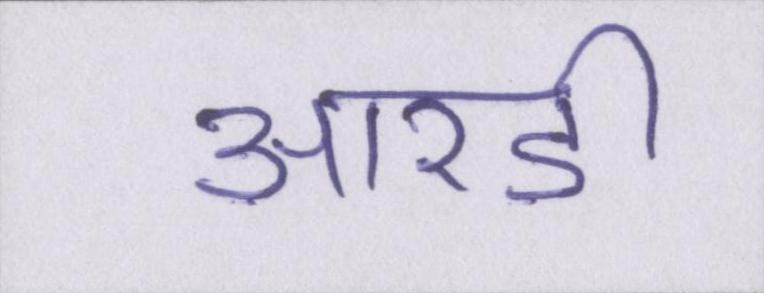
आरडी